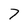
Character: 7